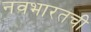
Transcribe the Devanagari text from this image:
नवभारतची